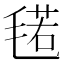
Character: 𱥣